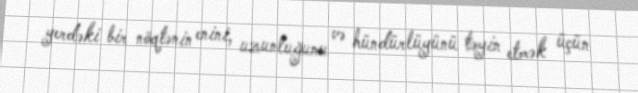
yerdəki bir nöqtənin enini, uzunluğunu və hündürlüyünü təyin etmək üçün